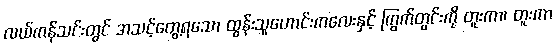
လယ်ကန်သင်းတွင် အသင့်တွေ့ရသော ထွန်းသူဟောင်းကလေးနှင့် ကြွက်တွင်းကို တူးကာ၊ တူးကာ